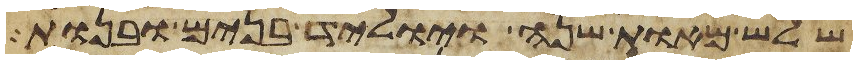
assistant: שלש מאות שנה ויוליד בנים ובנות